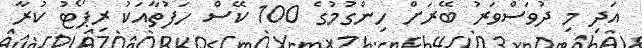
އަދި މި ދުވަސްވަރު ބޭރަށް ހިންގުމުގެ 100 ކޭސް ހަފުތާއަކު ރިޕޯޓު ކުރާ